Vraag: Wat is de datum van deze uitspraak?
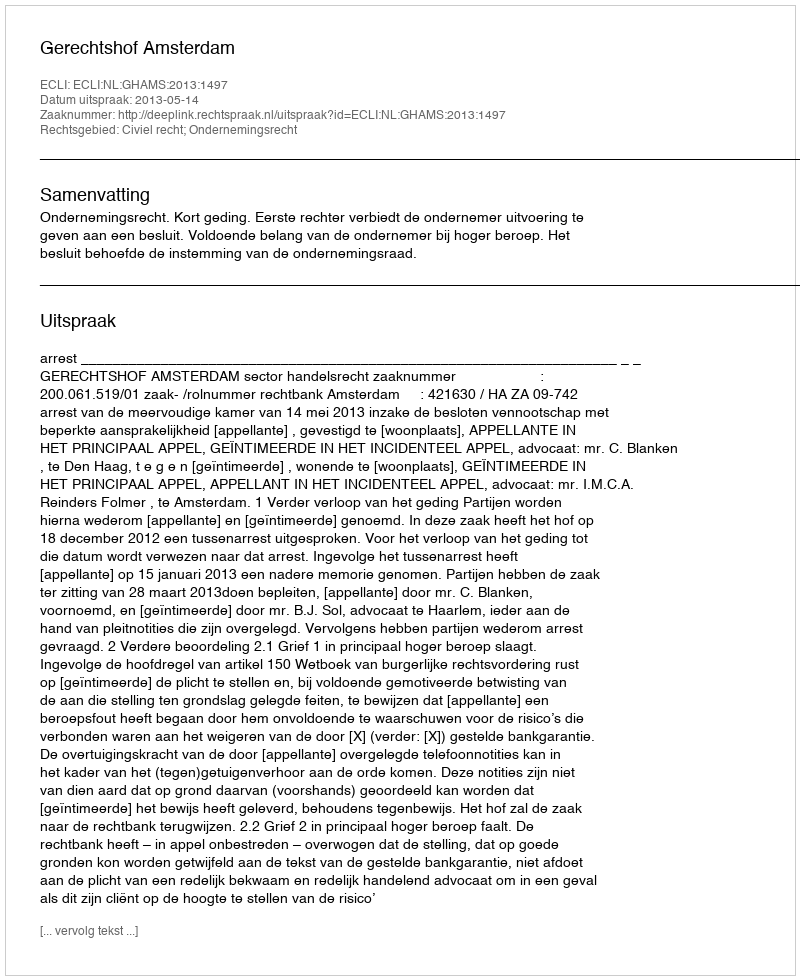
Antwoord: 2013-05-14